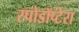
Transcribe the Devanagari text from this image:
स्पोडॉप्टेरा